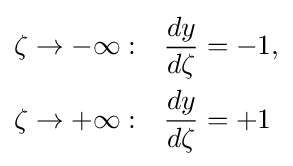
{\begin{aligned}\zeta \rightarrow -\infty :&\quad {\frac {dy}{d\zeta }}=-1,\\\zeta \rightarrow +\infty :&\quad {\frac {dy}{d\zeta }}=+1\end{aligned}}